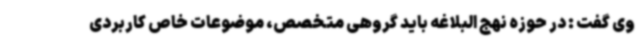
وی گفت : در حوزه نهج البلاغه باید گروهی متخصص، موضوعات خاص کاربردی